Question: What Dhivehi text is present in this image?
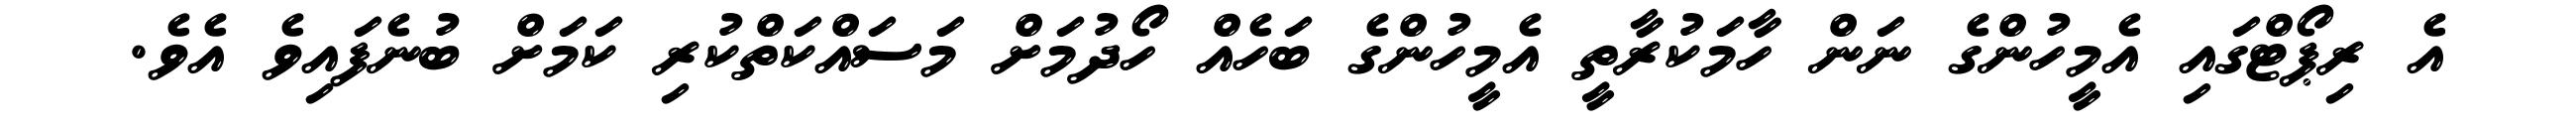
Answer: އެ ރިޕޯޓްގައި އެމީހުންގެ ނަން ހާމަކުރާތީ އެމީހުންގެ ބަހެއް ހޯދުމަށް މަސައްކަތްކުރި ކަމަށް ބުނެފައިވެ އެވެ.